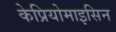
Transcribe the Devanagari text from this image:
केप्रियोमाइसिन